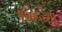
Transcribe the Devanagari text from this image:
१९०५च्या